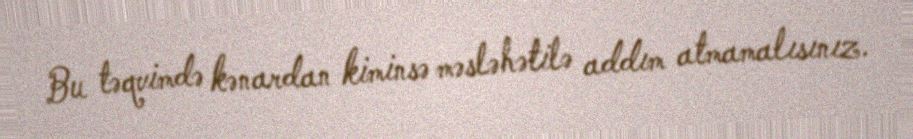
Bu təqvimdə kənardan kiminsə məsləhətilə addım atmamalısınız.